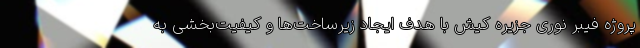
پروژه فیبر نوری جزیره کیش با هدف ایجاد زیرساخت‌ها و کیفیت‌بخشی به